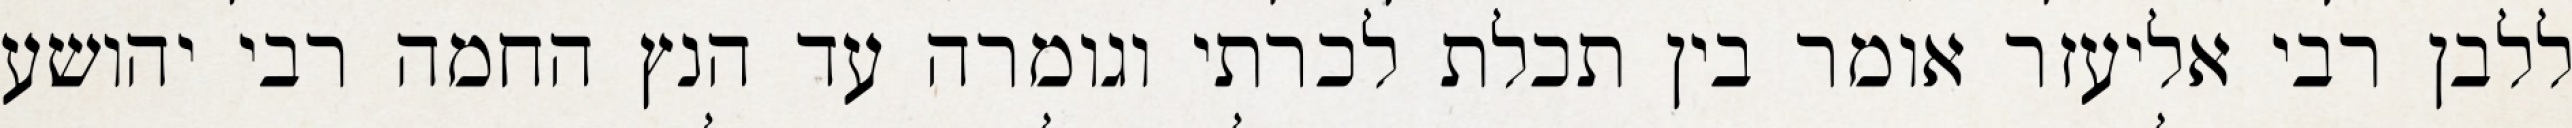
ללבן רבי אליעזר אומר בין תכלת לכרתי וגומרה עד הנץ החמה רבי יהושע